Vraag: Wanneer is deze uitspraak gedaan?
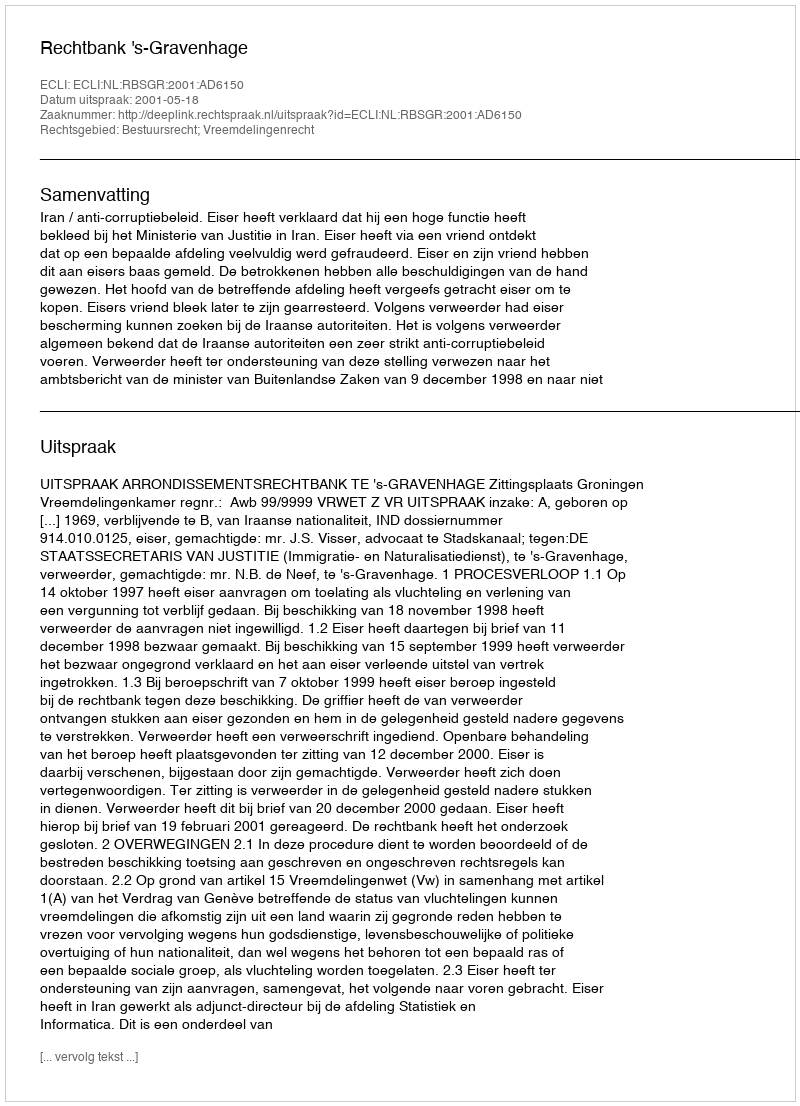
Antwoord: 2001-05-18